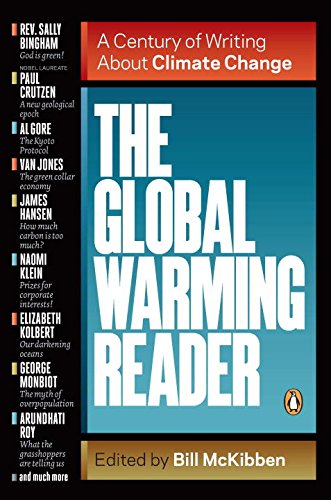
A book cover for The Global Warming Reader: A Century of Writing About Climate Change; Bill McKibben; Science & Math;